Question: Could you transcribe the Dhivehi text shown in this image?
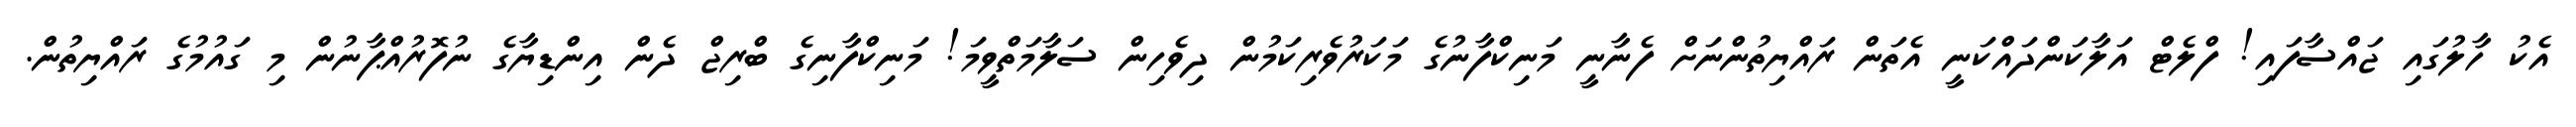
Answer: އެކު ހާލުގައި ޖައްސާފައި! ފްލެޓް އަލާކަންދައްކަނީ އެތަން ރައްޔިތުންނަށް ފެނާނީ މަނިކްފާނުގެ މަކަރުވެރިކަމުން ދިވެހިން ސަލާމަތްވީމަ! މަނިކްފާނިގެ ބްރިޖް ދެން އިންޑިޔާގެ ނުފޮރުއްޕާނުން މި ގައުމުގެ ރައްޔިތުން.